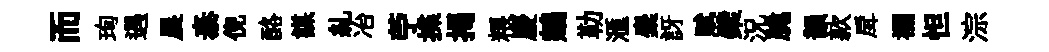
而珣遇晨泰倪酪謀糺冶苧揲揭粮慶鵷勒滙麋訝赋檗況脆韻款戽襴怛淙